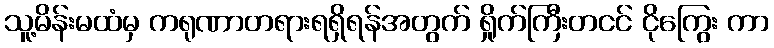
သူ့မိန်းမထံမှ ကရုဏာတရားရရှိရန်အတွက် ရှိုက်ကြီးတငင် ငိုကြွေး ကာ